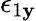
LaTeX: \epsilon_{1\mathbf{y}}